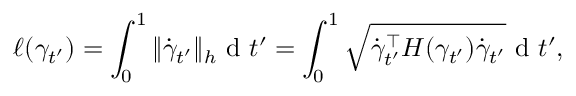
\ell ( \gamma _ { t ^ { \prime } } ) = \int _ { 0 } ^ { 1 } \| \dot { \gamma } _ { t ^ { \prime } } \| _ { h } \mathrm { ~ d ~ } t ^ { \prime } = \int _ { 0 } ^ { 1 } \sqrt { \dot { \gamma } _ { t ^ { \prime } } ^ { \top } H ( \gamma _ { t ^ { \prime } } ) \dot { \gamma } _ { t ^ { \prime } } } \mathrm { ~ d ~ } t ^ { \prime } ,